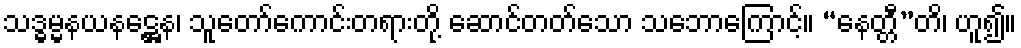
သဒ္ဓမ္မနယနဋ္ဌေန၊ သူတော်ကောင်းတရားတို့ ဆောင်တတ်သော သဘောကြောင့်။ “နေတ္တီ”တိ၊ ဟူ၍။